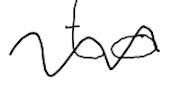
Text: to
Cross-out: wave
Writing tool: digital_black